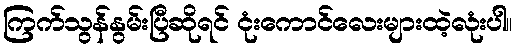
ကြက်သွန်နွမ်းပြီဆိုရင် ငုံးကောင်လေးများထဲ့လုံးပါ။